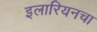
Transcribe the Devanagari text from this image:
इलारियनचा